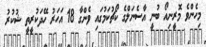
މިހެންވެ މޮރީނިއޯ ބުނީ އާސެނަލްގެ ކޯޗުކަމުގައި ވެންގާ 18 އަހަރު ހޭދަކުރީތީ ޝުކުރު